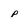
Character: p